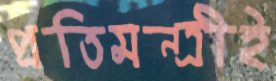
প্রতিমন্ত্রীই